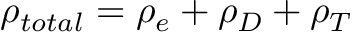
\rho _ { t o t a l } = \rho _ { e } + \rho _ { D } + \rho _ { T }